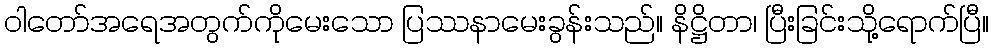
ဝါတော်အရေအတွက်ကိုမေးသော ပြဿနာမေးခွန်းသည်။ နိဋ္ဌိတာ၊ ပြီးခြင်းသို့ရောက်ပြီ။